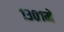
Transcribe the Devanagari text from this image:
१३०१में